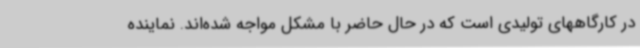
در کارگاههای تولیدی است که در حال حاضر با مشکل مواجه شده‌اند. نماینده